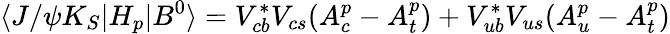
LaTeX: \langle J/\psi K_{S}|H_{p}|B^{0}\rangle=V_{cb}^{\ast}V_{cs}(A_{c}^{p}-A_{t}^{p})+V_{ub}^{\ast}V_{us}(A_{u}^{p}-A_{t}^{p})